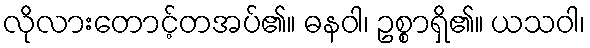
လိုလားတောင့်တအပ်၏။ ဓနဝါ၊ ဥစ္စာရှိ၏။ ယသဝါ၊